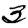
Digit: 3